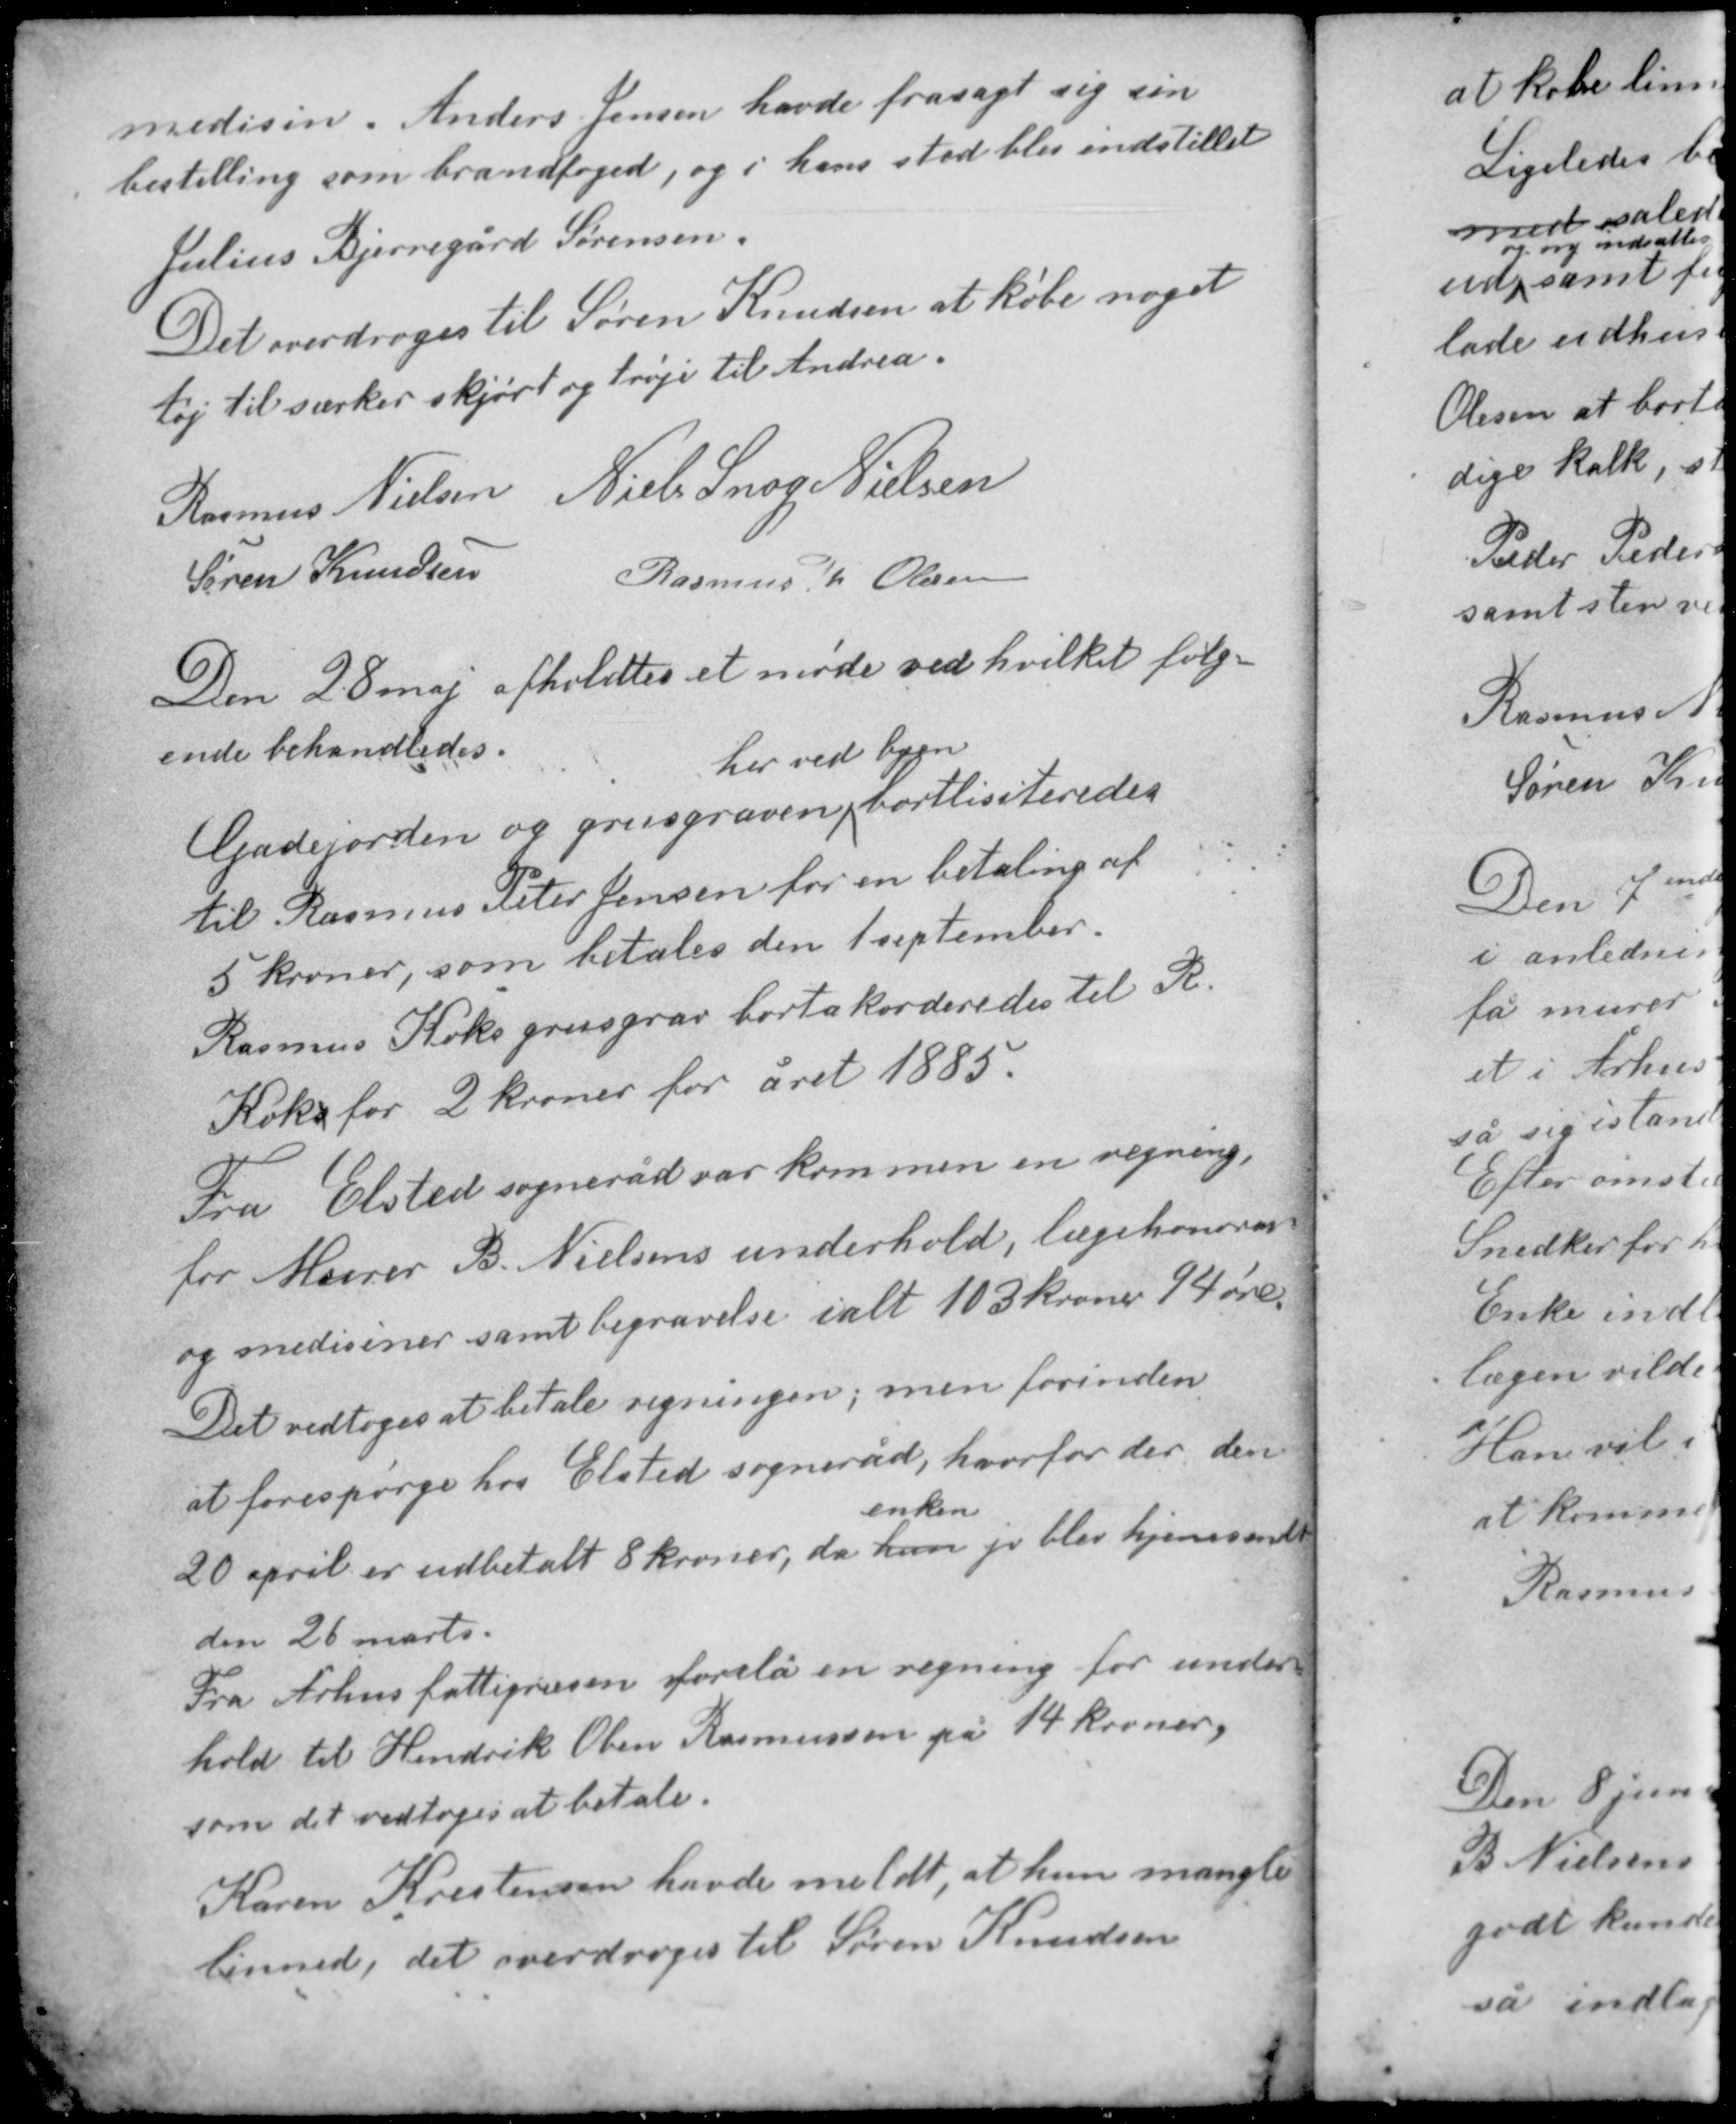
Transskription:
medisin. Anders Jensen havde frasagt sig sin
bestilling som brandfoged, og i hans sted blev indstillet
Julius Bjerregård Sørensen.
Det overdroges til Søren Knudsen at købe noget
tøj til særker skjørt og trøje til Andrea.

Rasmus Nielsen Niels Snog Nielsen
Søren Knudsen Rasmus Th Olesen

Den 28 maj afholdtes et møde ved hvilket følg-
ende behandledes.
her ved byen
Gadejorden og grusgraven bortlisiteredes
til Rasmus Peter Jensen for en betaling af
5 kroner, som betales den 1 september.
Rasmus Koks grusgrav bortakorderedes til R.
Koks for 2 kroner for året 1885.

Fra Elsted sogneråd var kommen en regning
for Murer B. Nielsens underhold, lægehonorar
og medisiner samt begravelse ialt 103 kroner 94 øre.
Det vedtoges at betale regningen, men forinden
at forespørge hos Elsted sogneråd, hvorfor der den
enken
20 april er udbetalt 8 kroner, da han jo blev hjemsendt
den 26 marts.

Fra Århus fattigvæsen forelå en regning for under-
hold til Hendrik Oben Rasmussen på 14 kroner,
som det vedtoges at betale.
Karen Kristensen havde meldt, at hun mangler
linned, det overdroges til Søren Knudsen